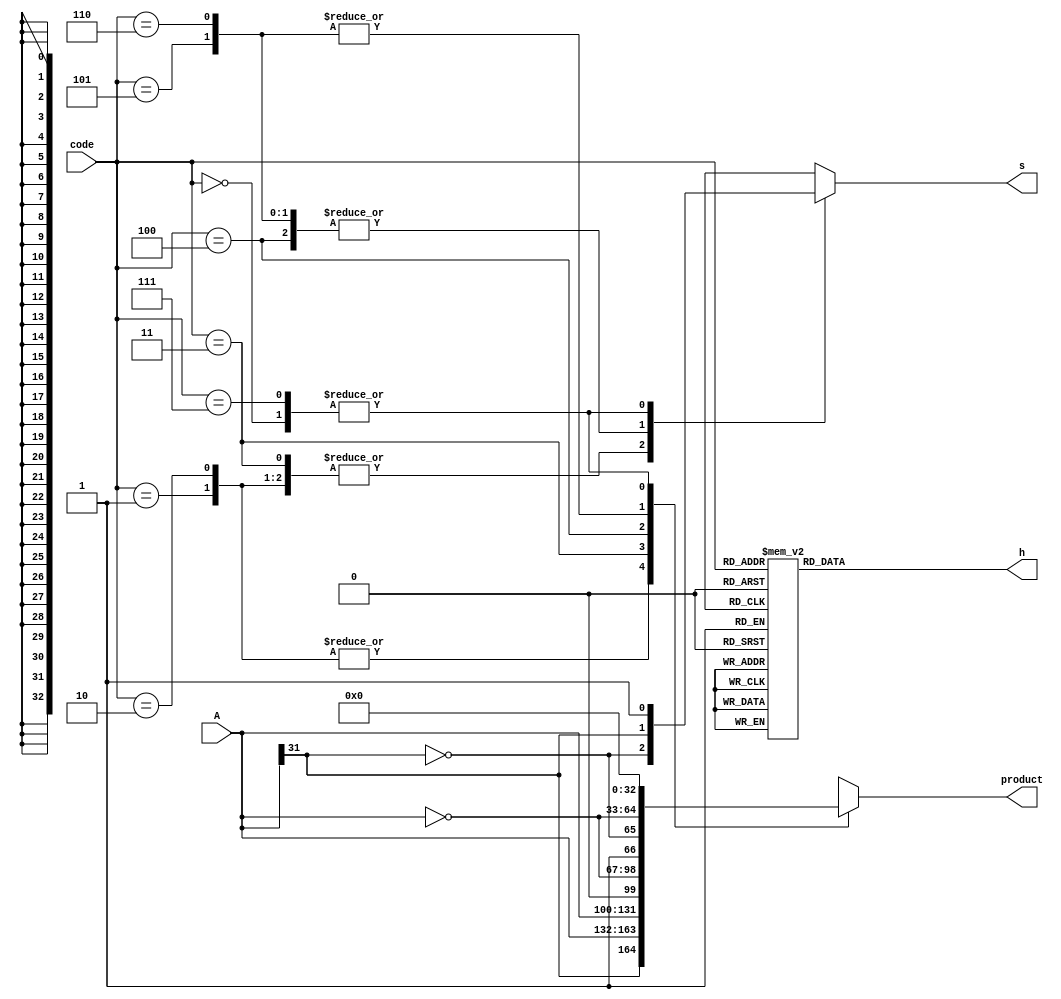
module boothcode(
    input[31:0] A,
    input[2:0] code,
    output reg[32:0] product,
    output reg[1:0] h,
    output reg s
);
always@(code[2:0] or A[31:0] )
begin
    case(code[2:0])
    3'b000: product={33{1'b0}};
    3'b001: product={A[31],A[31:0]};
    3'b010: product={A[31],A[31:0]};
    3'b011: product={A[31:0],1'b0};
    3'b100: product={~A[31:0],1'b1};
    3'b101: product={~A[31],~A[31:0]};
    3'b110: product={~A[31],~A[31:0]};
    3'b111: product={33{1'b0}};
    endcase
end
always@(code[2:0] or A[31])
begin
    case(code[2:0])
    3'b000: s=1'b1;
    3'b001: s=~A[31];
    3'b010: s=~A[31];
    3'b011: s=~A[31];
    3'b100: s=A[31];
    3'b101: s=A[31];
    3'b110: s=A[31];
    3'b111: s=1'b1;
    endcase
end
always@(code[2:0])
begin
    case(code[2:0])
    3'b000: h=2'b00;
    3'b001: h=2'b00;
    3'b010: h=2'b00;
    3'b011: h=2'b00;
    3'b100: h=2'b01;
    3'b101: h=2'b01;
    3'b110: h=2'b01;
    3'b111: h=2'b00;
    endcase
end
endmodule